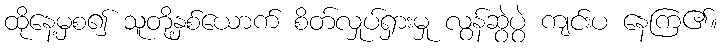
ထိုနေ့မှစ၍ သူတို့နှစ်ယောက် စိတ်လှုပ်ရှားမှု လွန်ဆွဲပွဲ ကျင်းပ နေကြ၏။